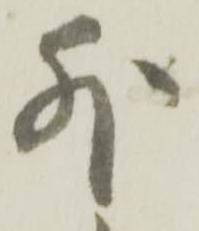
外